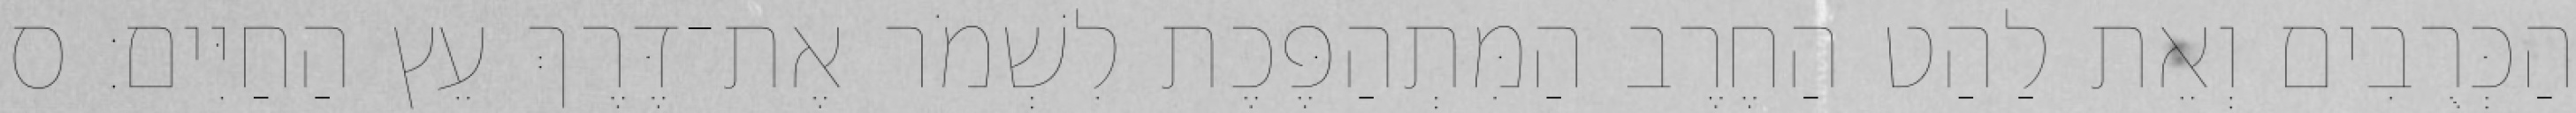
הַכְּרֻבִים וְאֵת לַהַט הַחֶרֶב הַמִּתְהַפֶּכֶת לִשְׁמֹר אֶת־דֶּרֶךְ עֵץ הַחַיִּים׃ ס